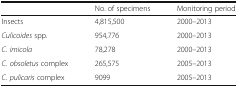
<table><thead><tr><td></td><td><b>No. of specimens</b></td><td><b>Monitoring period</b></td></tr></thead><tbody><tr><td>Insects</td><td>4,815,500</td><td>2000–2013</td></tr><tr><td><i>Culicoides</i> spp.</td><td>954,776</td><td>2000–2013</td></tr><tr><td><i>C. imicola</i></td><td>78,278</td><td>2000–2013</td></tr><tr><td><i>C. obsoletus</i> complex</td><td>265,575</td><td>2005–2013</td></tr><tr><td><i>C. pulicaris</i> complex</td><td>9099</td><td>2005–2013</td></tr></tbody></table>